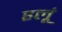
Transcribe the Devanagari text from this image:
हलूं